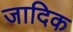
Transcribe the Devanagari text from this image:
जादिक